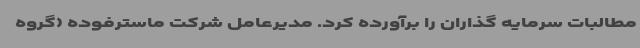
مطالبات سرمایه گذاران را برآورده کرد. مدیرعامل شرکت ماسترفوده (گروه